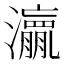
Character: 𱪋